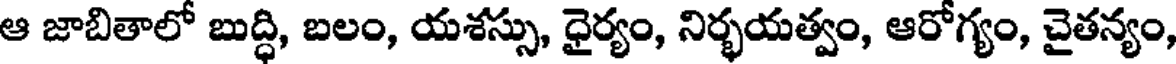
ఆ జాబితాలో బుద్ధి, బలం, యశస్సు, ధైర్యం, నిర్భయత్వం, ఆరోగ్యం, చైతన్యం,